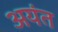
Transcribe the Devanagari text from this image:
अयंत